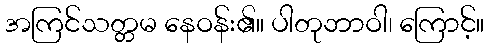
အကြင်သတ္တမ နေဝန်း၏။ ပါတုဘာဝါ၊ ကြောင့်။